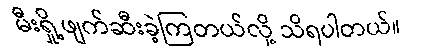
မီးရှို့ဖျက်ဆီးခဲ့ကြတယ်လို့ သိရပါတယ်။